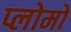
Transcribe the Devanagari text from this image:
प्लोमो